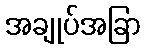
အချုပ်အခြာ